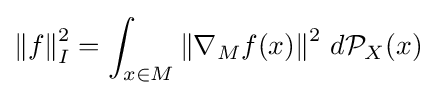
\left\|f\right\|_{I}^{2}=\int _{x\in M}\left\|\nabla _{M}f(x)\right\|^{2}\,d{\mathcal {P}}_{X}(x)